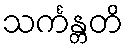
သင်္ကန္တတိ